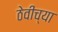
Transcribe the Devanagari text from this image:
ठेवीच्या